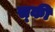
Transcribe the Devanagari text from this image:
स्‍की